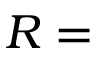
R =